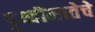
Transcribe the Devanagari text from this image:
पृथ्वीमातेचे